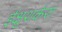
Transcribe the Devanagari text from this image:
ईक्षुशर्करा